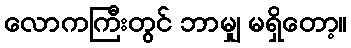
လောကကြီးတွင် ဘာမျှ မရှိတော့။